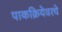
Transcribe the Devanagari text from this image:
पाकक्रियेवरचे